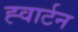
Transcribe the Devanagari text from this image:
ह्वार्टन